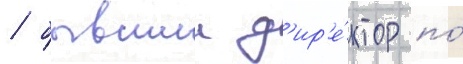
/ бывшии д'ир'е́ктор по́